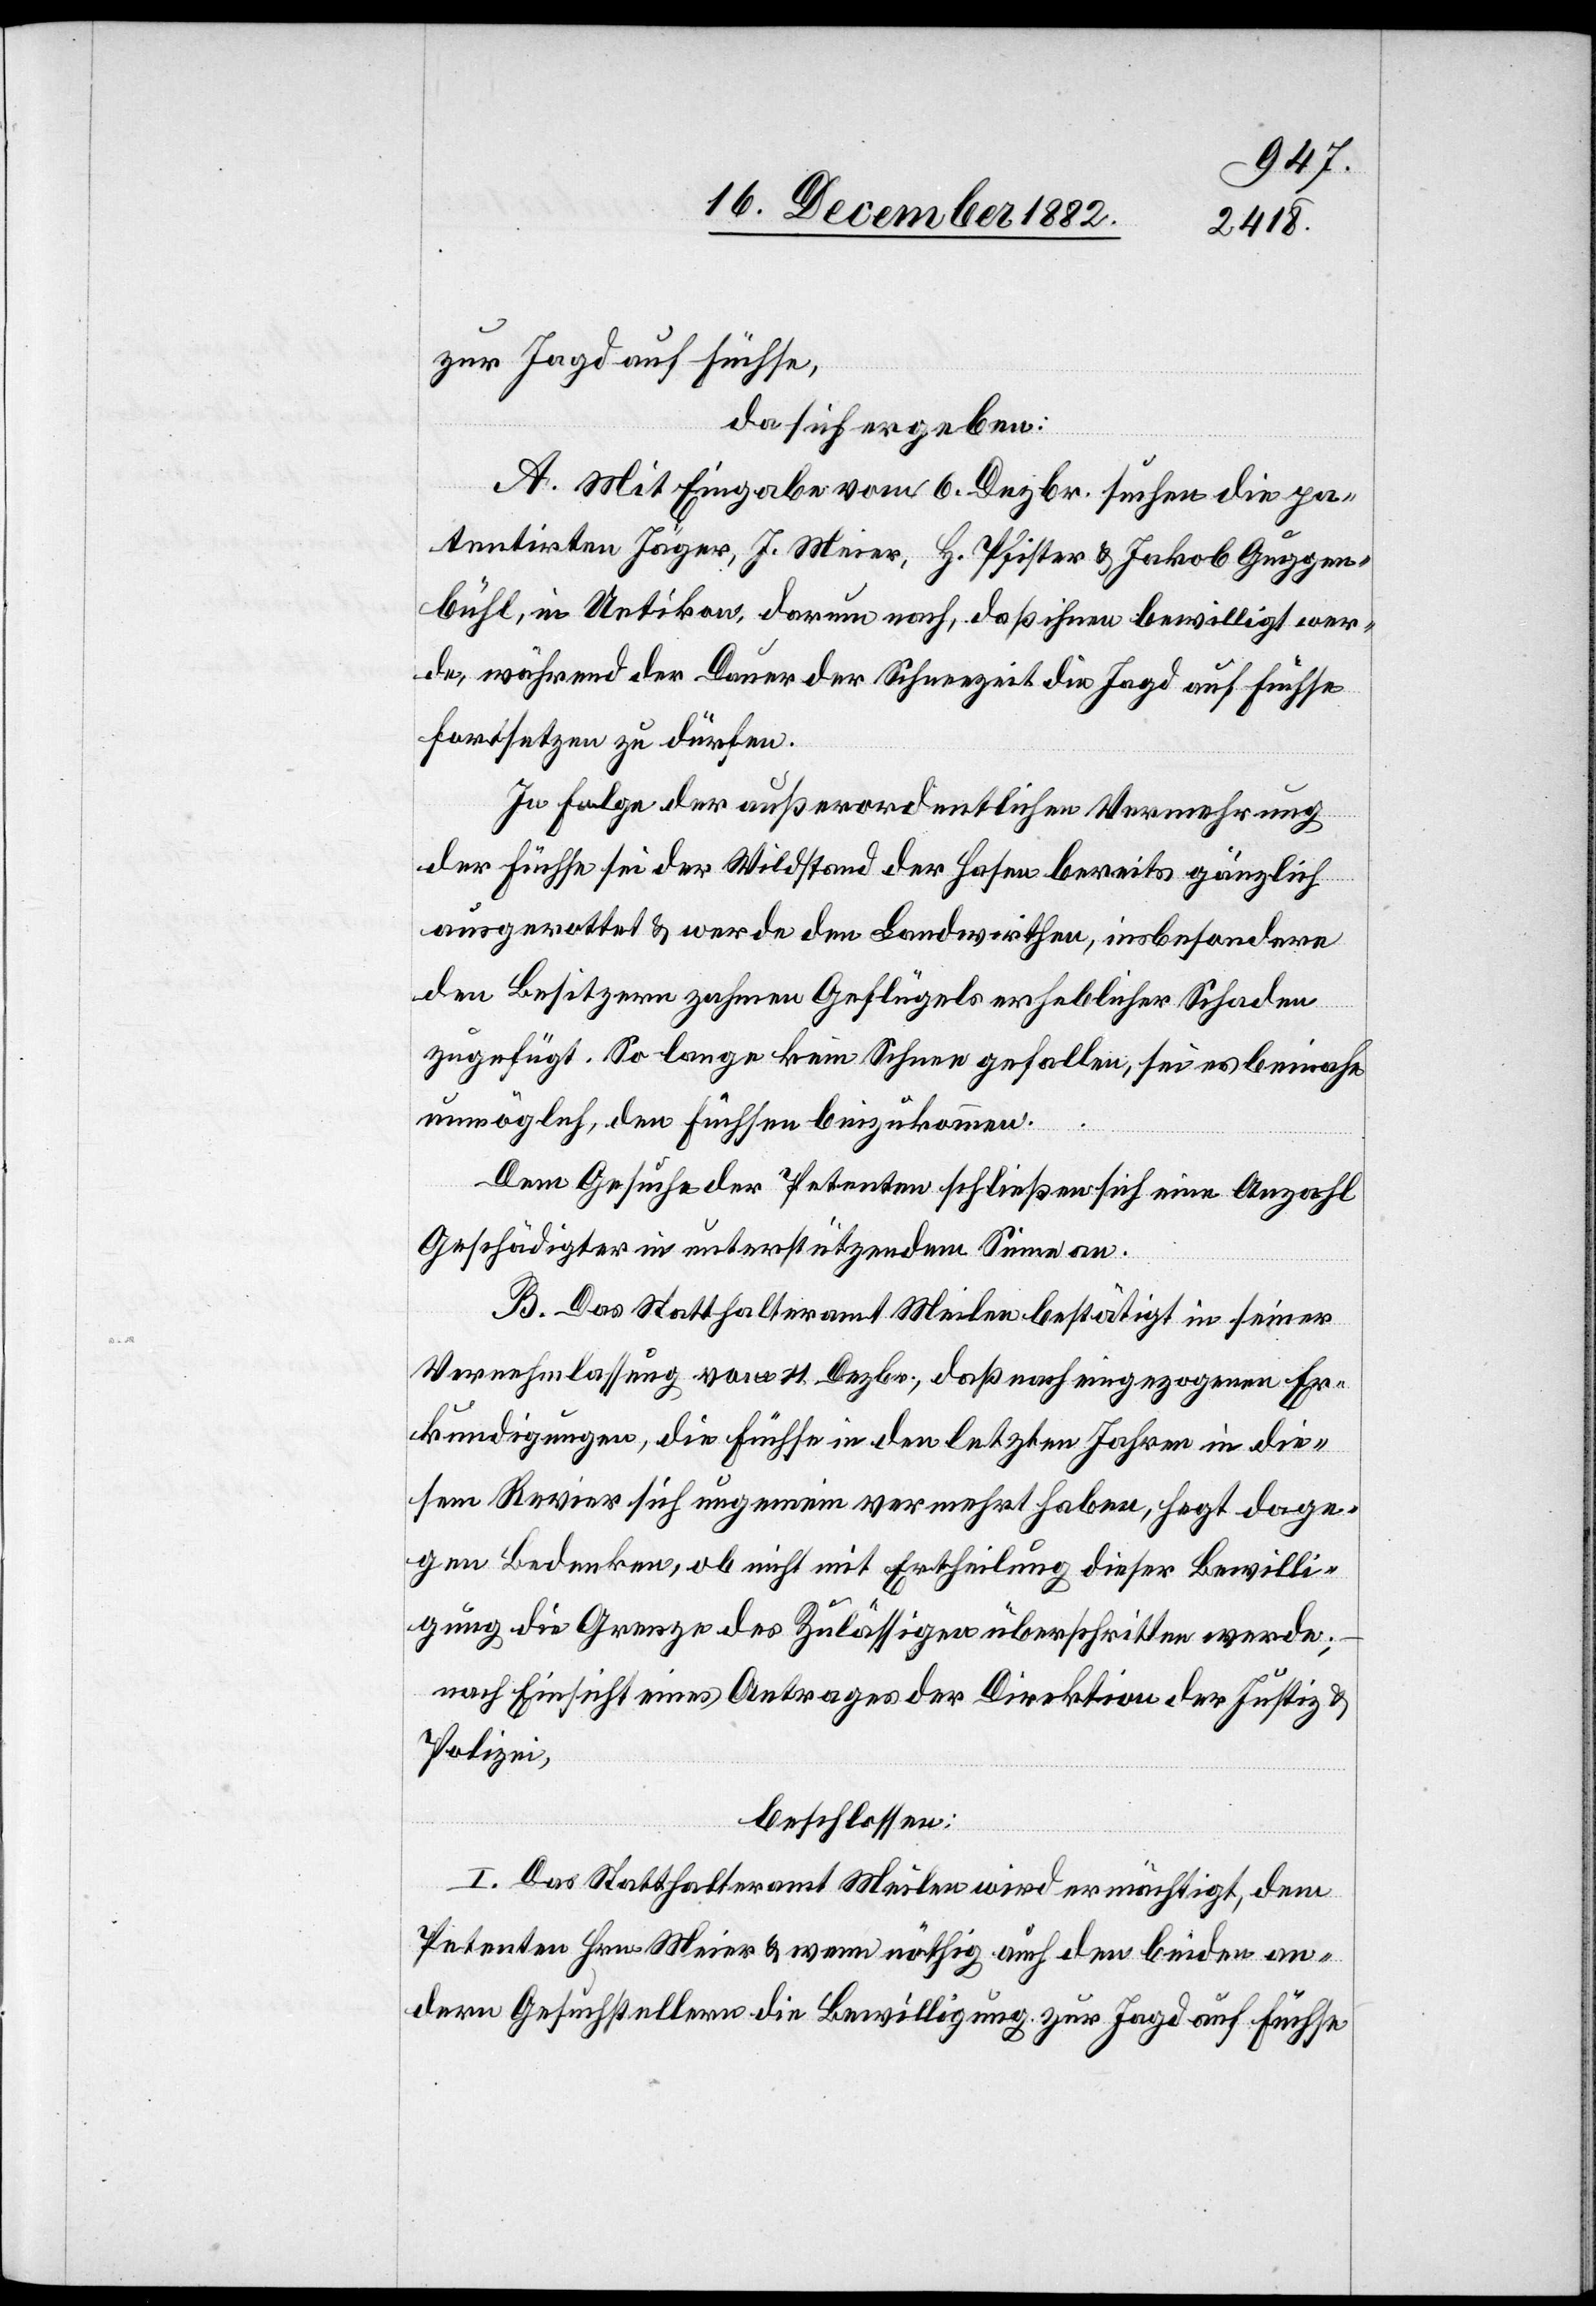
zur Jagd auf Füchse,
da sich ergeben:
A. Mit Eingabe vom 6. Dezbr. suchen die pa¬
tentirten Jäger, J. Meier, H. Pfister & Jakob Guggen¬
bühl, in Uetikon, darum nach, daß ihm bewilligt wer¬
de, während der Dauer der Schneezeit die Jagd auf Füchse
fortsetzen zu dürfen.
In Folge der außerordentlichen Vermehrung
der Füchse sei der Wildstand der Hasen bereits gänzlich
ausgerottet & werde den Landwirthen, insbesondere
den Besitzern zahmen Geflügels erheblicher Schaden
zugefügt. So lange kein Schnee gefallen, sei es beinahe
unmöglich, den Füchsen beizukommen.
Dem Gesuche der Petenten schließen sich eine Anzahl
Geschädigter in unterstützendem Sinne an.
B. Das Statthalteramt Meilen bestätigt in seiner
Vernehmlassung vom 11. Dezbr., daß nach eingezogenen Er¬
kundigungen, die Füchse in den letzten Jahren in die¬
sem Revier sich ungemein vermehrt haben, hegt dage¬
gen Bedenken, ob nicht mit Ertheilung dieser Bewilli¬
gung die Grenze des Zulässigen überschritten werde;
nach Einsicht eines Antrages der Direktion der Justiz &
Polizei,
beschlossen:
I. Das Statthalteramt Meilen wird ermächtigt, dem
Petenten Hrn. Meier & wenn nöthig auch den beiden an¬
dern Gesuchstellern die Bewilligung zur Jagd auf Füchse